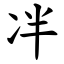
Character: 冸